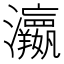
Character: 𱪙